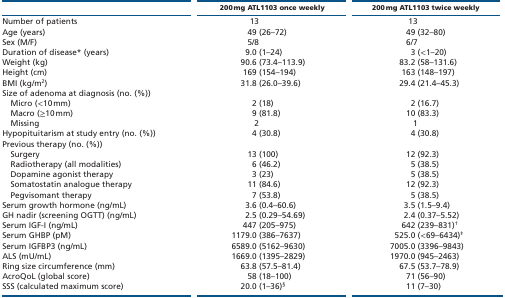
|  | 200 mg ATL1103 once weekly | 200 mg ATL1103 twice weekly |
 | --- | --- | --- |
 | Number of patients | 13 | 13 |
 | Age (years) | 49 (26–72) | 49 (32–80) |
 | Sex (M/F) | 5/8 | 6/7 |
 | Duration of disease* (years) | 9.0 (1–24) | 3 (<1–20) |
 | Weight (kg) | 90.6 (73.4–113.9) | 83.2 (58–131.6) |
 | Height (cm) | 169 (154–194) | 163 (148–197) |
 | BMI (kg/m2) | 31.8 (26.0–39.6) | 29.4 (21.4–45.3) |
 | Size of adenoma at diagnosis (no. (%)) |  |  |
 | Micro (<10 mm) | 2 (18) | 2 (16.7) |
 | Macro (≥10 mm) | 9 (81.8) | 10 (83.3) |
 | Missing | 2 | 1 |
 | Hypopituitarism at study entry (no. (%)) | 4 (30.8) | 4 (30.8) |
 | Previous therapy (no. (%)) |  |  |
 | Surgery | 13 (100) | 12 (92.3) |
 | Radiotherapy (all modalities) | 6 (46.2) | 5 (38.5) |
 | Dopamine agonist therapy | 3 (23) | 5 (38.5) |
 | Somatostatin analogue therapy | 11 (84.6) | 12 (92.3) |
 | Pegvisomant therapy | 7 (53.8) | 5 (38.5) |
 | Serum growth hormone (ng/mL) | 3.6 (0.4–60.6) | 3.5 (1.5–9.4) |
 | GH nadir (screening OGTT) (ng/mL) | 2.5 (0.29–54.69) | 2.4 (0.37–5.52) |
 | Serum IGF-I (ng/mL) | 447 (205–975) | 642 (239–831)† |
 | Serum GHBP (pM) | 1179.0 (386–7637) | 525.0 (<69–6434)‡ |
 | Serum IGFBP3 (ng/mL) | 6589.0 (5162–9630) | 7005.0 (3396–9843) |
 | ALS (mU/mL) | 1669.0 (1395–2829) | 1970.0 (945–2463) |
 | Ring size circumference (mm) | 63.8 (57.5–81.4) | 67.5 (53.7–78.9) |
 | AcroQoL (global score) | 58 (18–100) | 71 (56–90) |
 | SSS (calculated maximum score) | 20.0 (1–36)§ | 11 (7–30) |